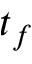
t _ { f }